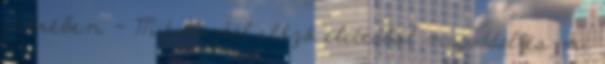
tükrében - Mit hoztál előző életedből magaddal és mi